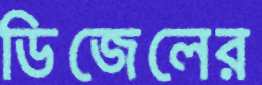
ডিজেলের